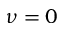
\nu = 0